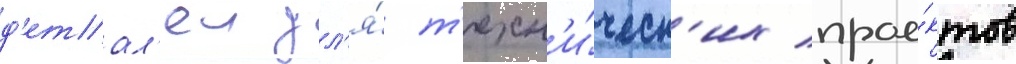
д'етал'еи дл'я́ т'ехн'и́ческ'их прое́ктов